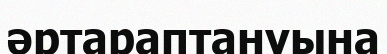
әртараптануына